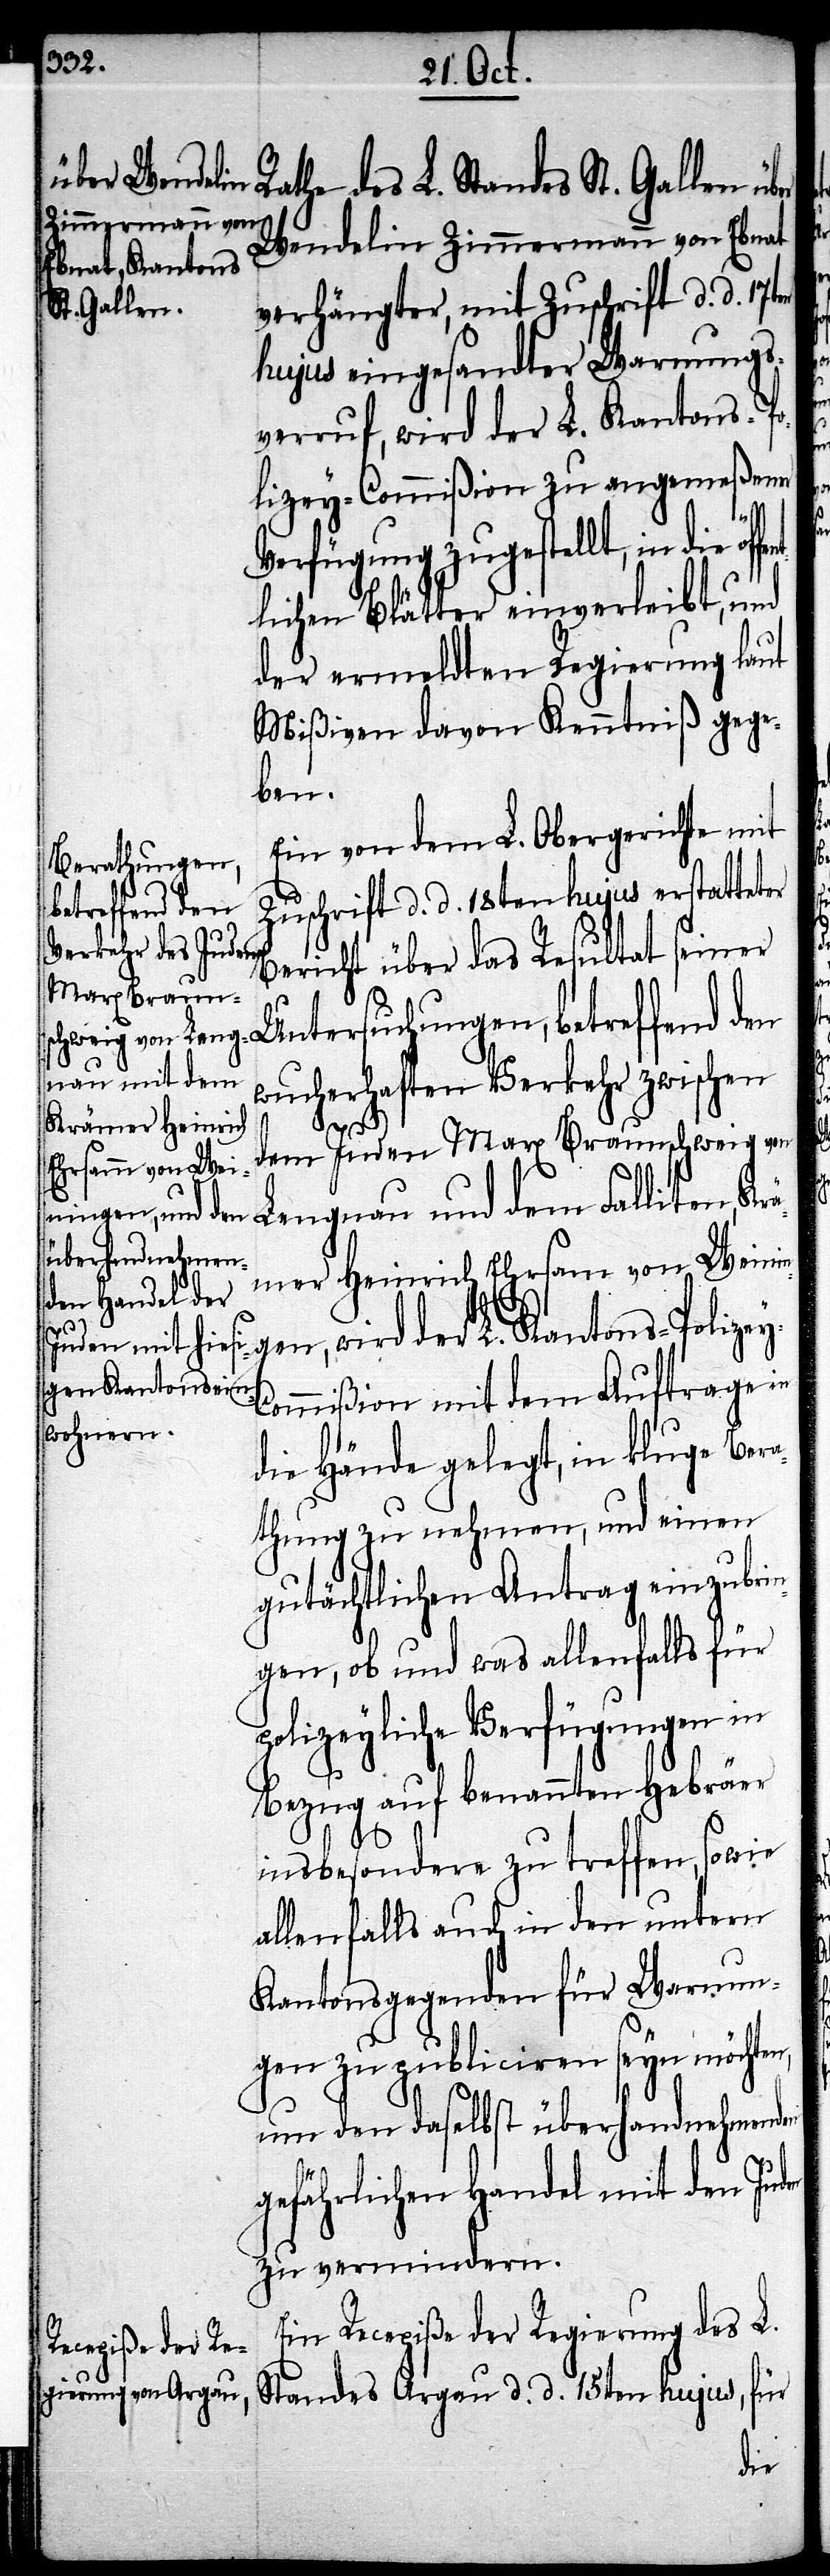
Wendelin Zimmermann von Ebnat
verhängter, mit Zuschrift d. d. 17ten
St. Gallen
hujus eingesandter Warnungs¬
verruf, wird der L. Kantons-Po¬
lizey-Commißion zu angemeßener
en
Verfügung zugestellt, in die öffen¬
tlichen Blätter einverleibt, und
der ermeldten Regierung laut
Mißiven davon Kenntniß gege¬
ben.
Ein von dem L. Obergerichte mit
Zuschrift d. d. 18ten hujus erstatteter
Bericht über das Resultat seiner
Untersuchung, betreffend den
wucherhaften Verkehr zwischen
Standes
dem Juden Marx Braunschweig von
Lengnau und dem Falliten, Krä¬
mer Heinrich Ehrsam von Weinin¬
gen, wird der L. Kantons-Polize¬
ommißion mit dem Auftrage in
die Hände gelegt, in kluge Ber¬
athung zu nehmen, und einen
gutächtlichen Antrag einzubrin¬
gen, ob und was allenfalls für
polizeyliche Verfügungen in
Bezug auf benannten Hebräer
y-C¬
insbesondere zu treffen, sowie
allenfalls auch in den untern
Kantonsgegenden für Warnun¬
gen zu publiciren seyn möchten,
um den daselbst überhandnehmenden
gefährlichen Handel mit den Jud¬
zu vermindern.
Ein Recepiße der Regierung des L.
Standes Argau d. d. 15ten hujus, für